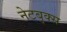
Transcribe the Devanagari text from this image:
नेटबुक्स